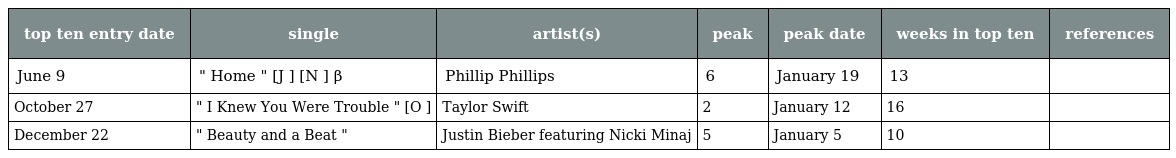
| top ten entry date | single | artist(s) | peak | peak date | weeks in top ten | references |
 | --- | --- | --- | --- | --- | --- | --- |
 | June 9 | " Home " [J ] [N ] β | Phillip Phillips | 6 | January 19 | 13 |  |
 | October 27 | " I Knew You Were Trouble " [O ] | Taylor Swift | 2 | January 12 | 16 |  |
 | December 22 | " Beauty and a Beat " | Justin Bieber featuring Nicki Minaj | 5 | January 5 | 10 |  |